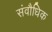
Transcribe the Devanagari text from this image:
संवौधिक